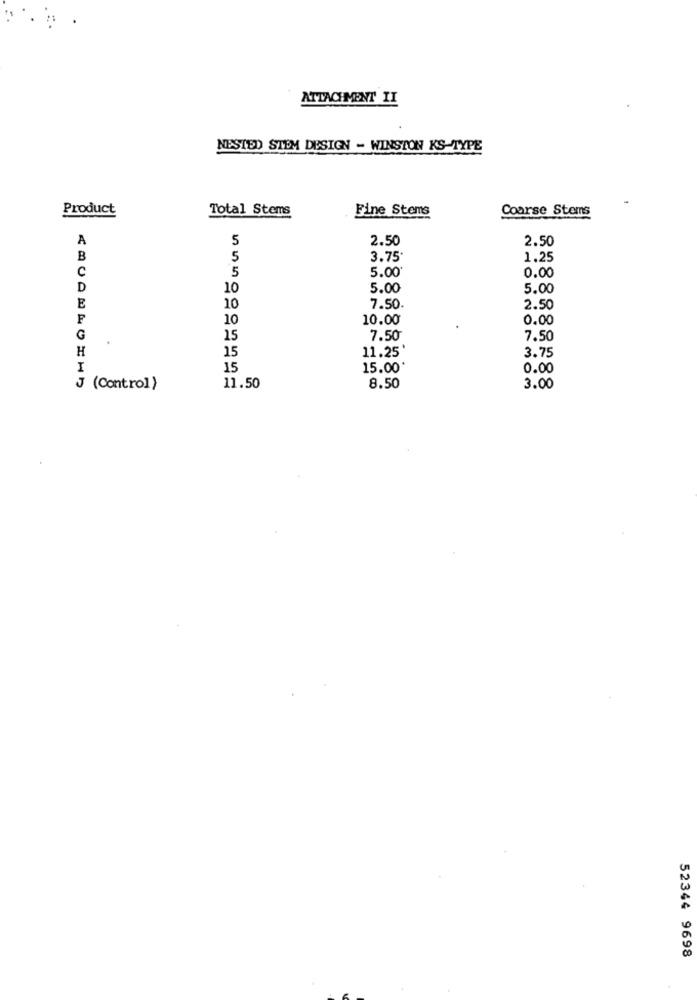
ATTACHMENT II
NESTED STEM DESIGN - WINSTON KS-TYPE
Product
Total Stems
Fine Stems
Course Stems
A
5
2.50
2.50
B
5
3.75
1.25
C
5
5.00
0.00
D
10
5.00
5.00
E
10
7.50.
2.50
10
10.00
0.00
G
.
15
7.50
7.50
H
15
11.25'
3.75
15
15.00
0.00
J (Control)
11.50
8.50
3.00
52344 9698